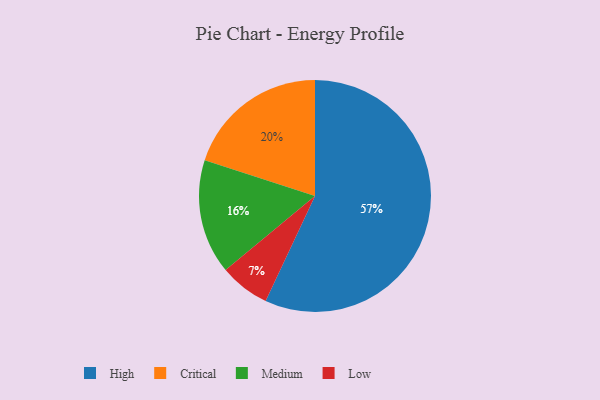
{"axis": {"x": "Category", "y": "Percentage"}, "legend": ["Critical", "High", "Low", "Medium"], "data": [{"x": "Medium", "y": 16, "type": "Medium"}, {"x": "Low", "y": 7, "type": "Low"}, {"x": "High", "y": 57, "type": "High"}, {"x": "Critical", "y": 20, "type": "Critical"}]}